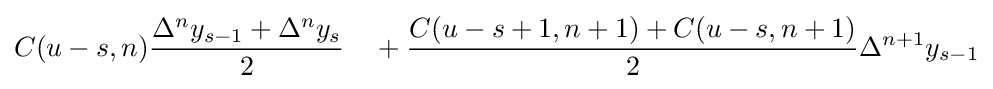
C(u-s,n){\frac {\Delta ^{n}y_{s-1}+\Delta ^{n}y_{s}}{2}}\quad +{\frac {C(u-s+1,n+1)+C(u-s,n+1)}{2}}\Delta ^{n+1}y_{s-1}